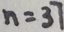
n = 3 7